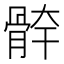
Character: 𩩃